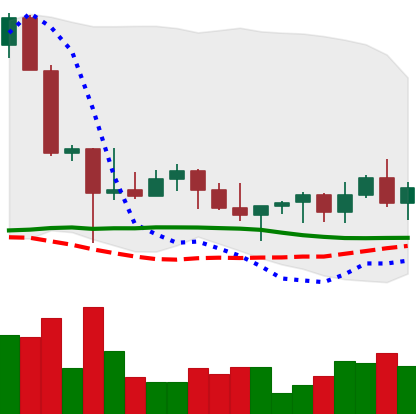
Ticker: XLM-USD
Chart end date: 2022-10-28
Forward return: -4.447%
Label: down_3_5